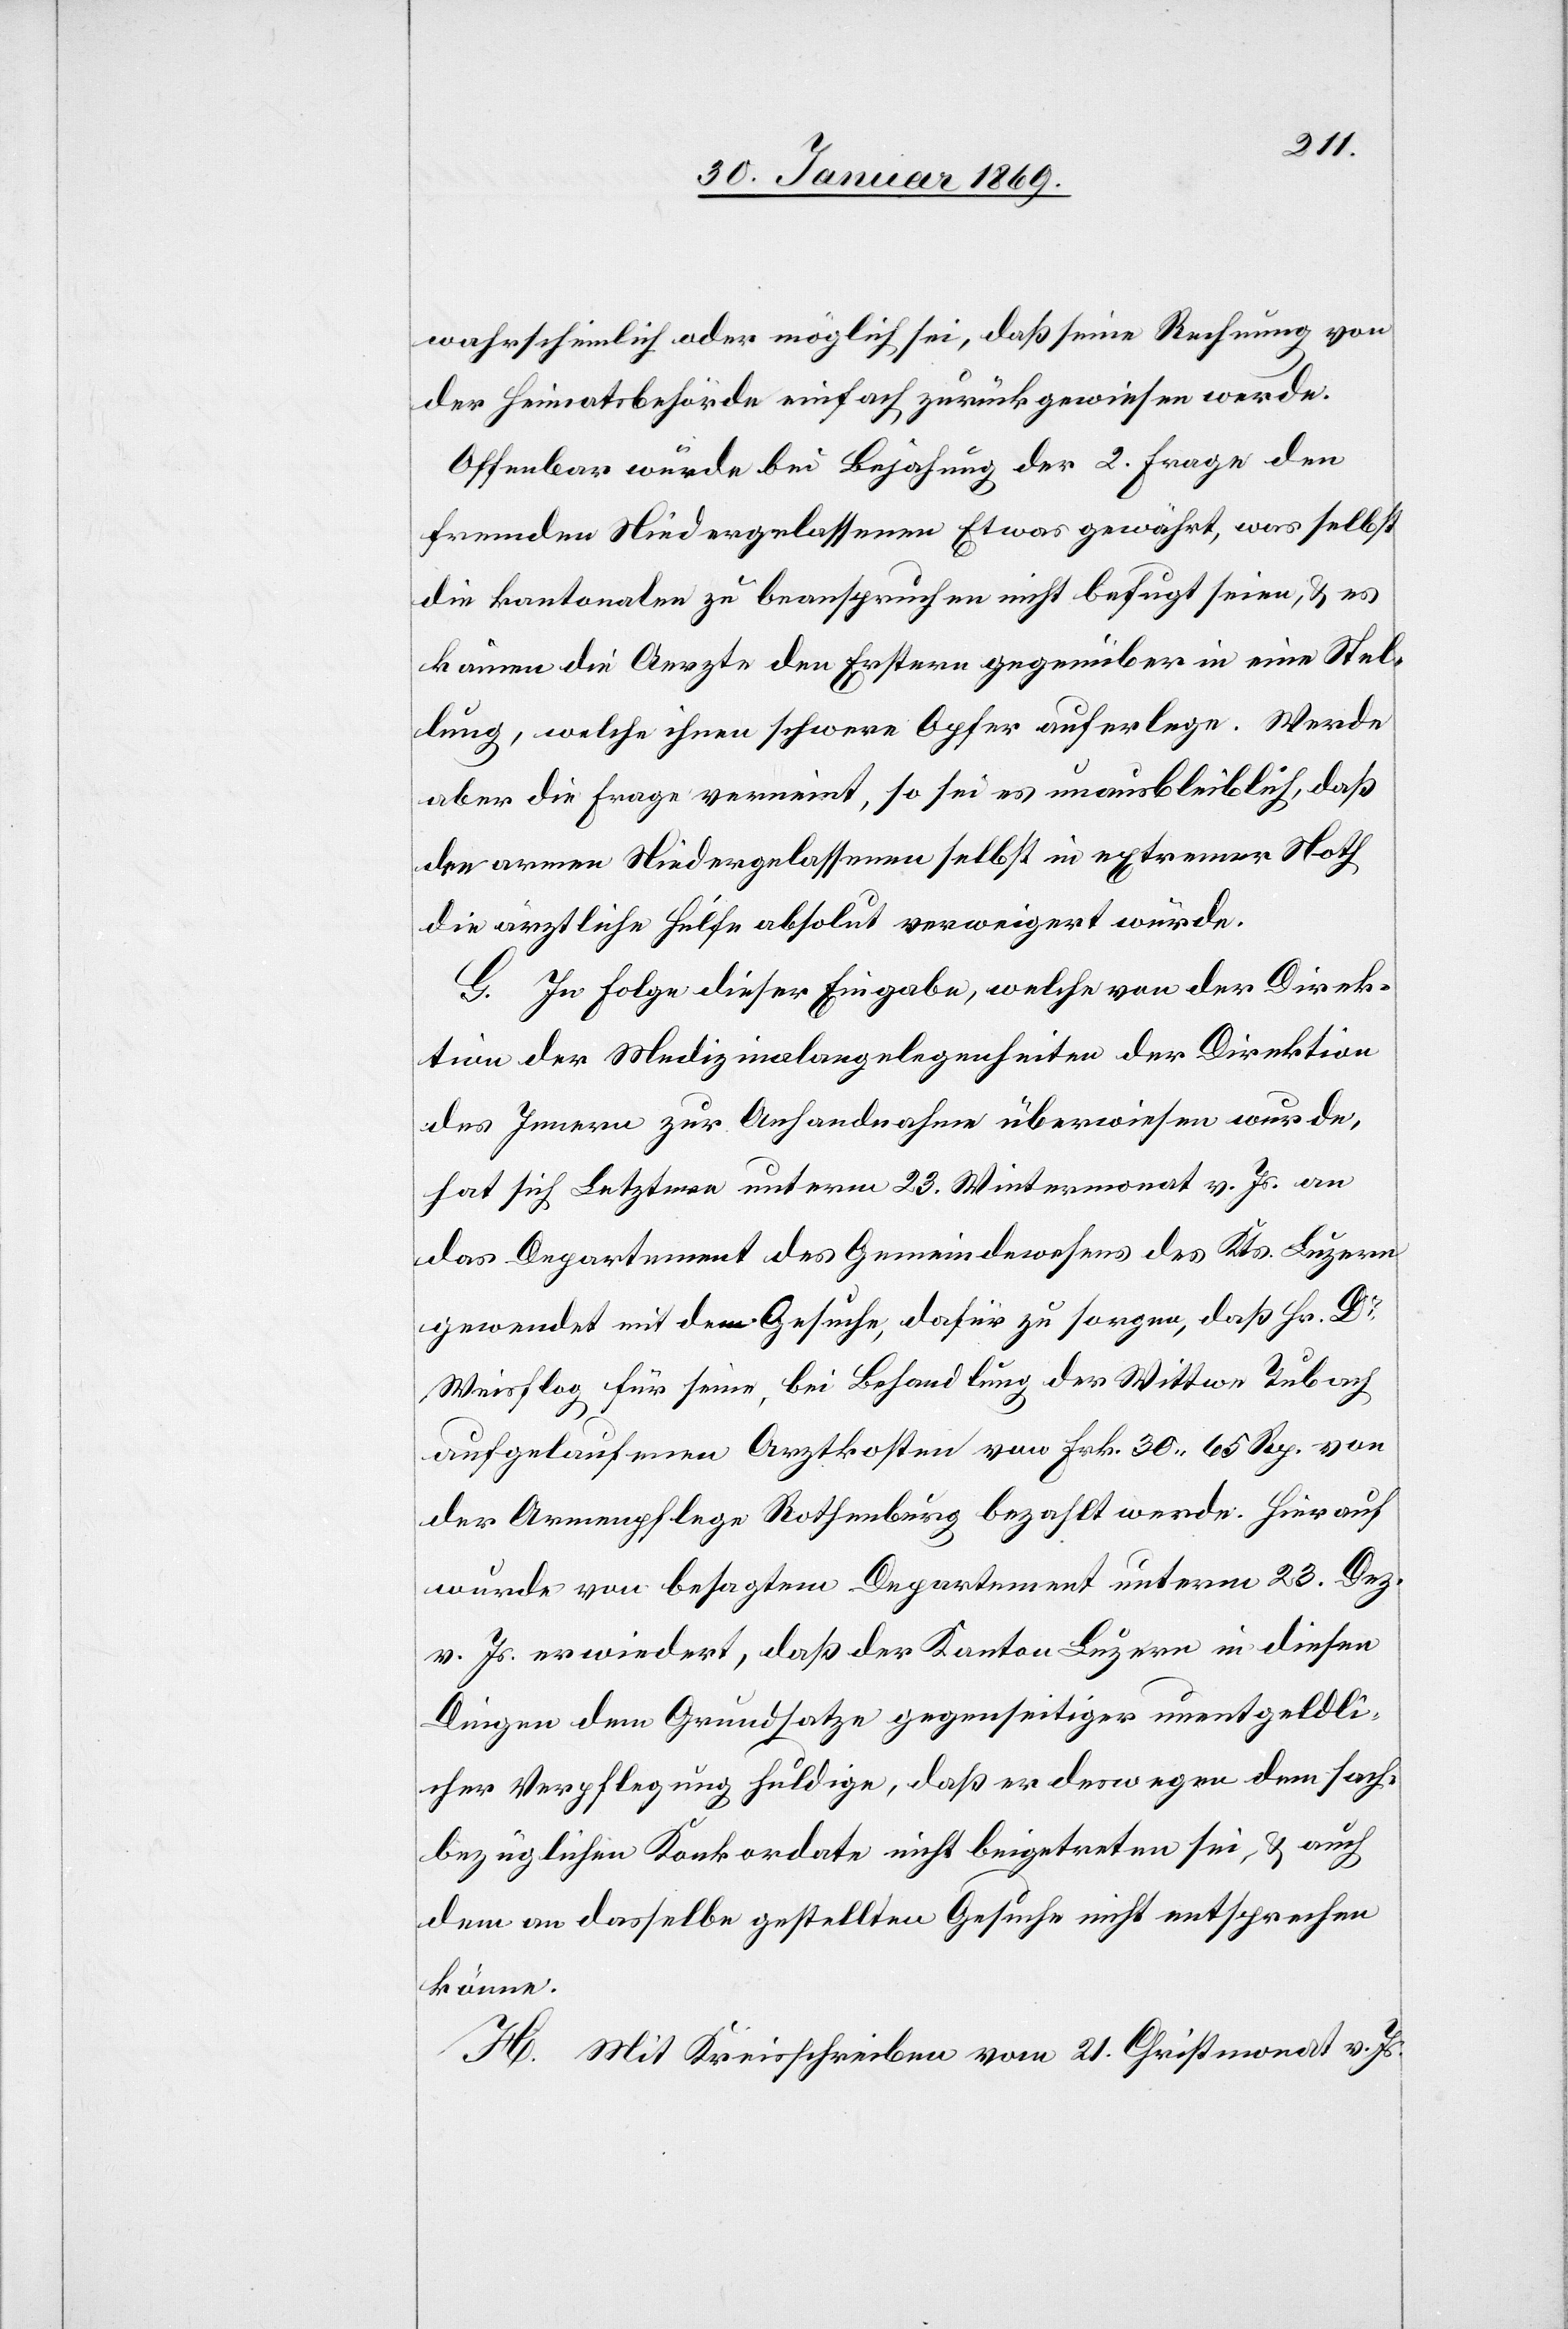
wahrscheinlich oder möglich sei, daß seine Rechnung von
der Heimatsbehörde einfach zurückgewiesen werde.
Offenbar würde bei Bejahung der 2. Frage den
fremden Niedergelassenen Etwas [sic!] gewährt, was selbst
die kantonalen zu beanspruchen nicht befugt seien, & es
kämen die Aerzte den Erstern gegenüber in eine Stel¬
lung, welche ihnen schwere Opfer auferlege. Werde
aber die Frage verneint, so sei es unausbleiblich, daß
den armen Niedergelassenen selbst in extremer Noth
die ärztliche Hülfe absolut verweigert würde.
G. In Folge dieser Eingabe, welche von der Direk¬
tion der Medizinalangelegenheiten der Direktion
des Innern zur Anhandnahme überwiesen wurde,
hat sich Letztere unterm 23. Wintermonat v. Js. an
das Departement des Gemeindwesens des Kts. Luzern
gewendet mit dem Gesuche, dafür zu sorgen, daß Hr. Dr
Weisflog für seine, bei Behandlung der Wittwe Tubach
aufgelaufenen Arztkosten von Frk. 30 65 Rp. von
der Armenpflege Rothenburg bezahlt werde. Hierauf
wurde von besagtem Departement unterm 23. Dez.
v. Js. erwiedert, daß der Kanton Luzern in diesen
Dingen dem Grundsatze gegenseitiger unentgeldli¬
cher Verpflegung huldige, daß er deswegen dem sach¬
bezüglichen Konkordate nicht beigetreten sei, & auch
dem an dasselbe gestellten Gesuche nicht entsprechen
könne.
H. Mit Kreisschreiben vom 21 Christmonat v. Js.